Medical and sanitary report of the native army of Madras for the year
Year: 1878
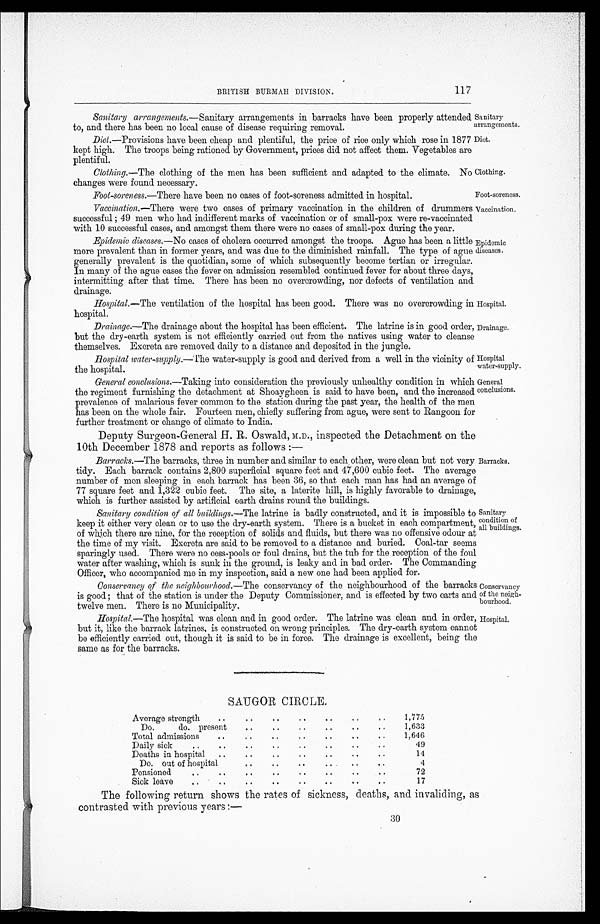
Sanitary
arrangements.
Diet.
No Clothing.
Foot-soreness.
Hospital.
Drainage.
Hospital
water-supply.
General
conclusions.
Conservancy
of the neigh-
bourhood.
Hospital.
117
BRITISH BURMAH DIVISION.
Sanitary arrangements.— Sanitary arrangements in barracks have been properly attended
to, and there has been no local cause of disease requiring removal.
Diet.—Provisions have been cheap and plentiful, the price of rice only which rose in 1877
kept high. The troops being rationed by Government, prices did not affect them. Vegetables are
plentiful.
Clothing.— The clothing of the men has been sufficient and adapted to the climate.
changes were found necessary.
Fool-soreness.—There have been no cases of foot-soreness admitted in hospital.
Vaccination.—There were two cases of primary vaccination in the children of drummers
successful ; 49 men who had indifferent marks of vaccination or of small-pox were re-vaccinated
with 10 successful cases, and amongst them there were no cases of small-pox during the year.
Epidemic diseases.— No cases of cholera occurred amongst the troops. Ague has been a little
more prevalent than in former years, and was due to the diminished rainfall. The typo of ague
generally prevalent is the quotidian, some of which subsequently become tertian or irregular.
In many of the ague cases the fever on admission resembled continued fever for about three days,
intermitting after that time. There has been no overcrowding, nor defects of ventilation and
drainage.
Vaccination.
Epidemic
diseases.
Hospital.—The ventilation of the hospital has been good. There was no overcrowding in
hospital.
Drainage.—The drainage about the hospital has been efficient. The latrine is in good order,
but the dry-earth system is not efficiently carried out from the natives using water to cleanse
themselves. Excreta are removed daily to a distance and deposited in the jungle.
Hospital water-supply.—The water-supply is good and derived from a well in the vicinity of
the hospital.
General conclusions.—Taking into consideration the previously unhealthy condition in which
the regiment furnishing the detachment at Shoaygheen is said to have been, and the increased
prevalence of malarious fever common to the station during the past year, the health of the men
has been on the whole fair. Fourteen men, chiefly suffering from ague, were sent to Rangoon for
further treatment or change of climate to India.
Deputy Surgeon-General H. R. Oswald, M.D., inspected the Detachment on the
10th December 1878 and reports as follows :—
Barracks.—The barracks, three in number and similar to each other, were clean but not very
tidy. Each barrack contains 2,800 superficial square feet and 47,600 cubic feet. The average
number of men sleeping in each barrack has been 36, so that each man has had an average of
77 square feet and 1,322 cubic feet. The site, a laterite hill, is highly favorable to drainage,
which is further assisted by artificial earth drains round the buildings.
Sanitary condition of all buildings.— The latrine is badly constructed, and it is impossible to
keep it either very clean or to use the dry-earth system. There is a bucket in each compartment,
of which there are nine, for the reception of solids and fluids, but there was no offensive odour at
the time of my visit. Excreta, are said to be removed to a distance and buried. Coal-tar seems
sparingly used. There were no cess-pools or foul drains, but the tub for the reception of the foul
water after washing, which is sunk in the ground, is leaky and in bad order. The Commanding
Officer, who accompanied me in my inspection, said a new one had been applied for.
Conservancy of the neighbourhood.—The conservancy of the neighbourhood of the barrack.
is good ; that of the station is under the Deputy Commissioner, and is effected by two carts and
twelve men. There is no Municipality.
Hospital.—The hospital was clean and in good order. The latrine was clean and in order,
but it, like the barrack latrines, is constructed on wrong principles. The dry-earth system cannot
be efficiently carried out, though it is said to be in force. The drainage is excellent, being the
same as for the barracks.
Barracks.
Sanitary
condition of
all buildings.
SAUGOR CIRCLE.
Average strength
.. .. .. .. .. ..
1 , 7 7 5
Do. do. present
.. .. .. .. .. ..
1,633
Total admissions
..
.. .. .. .. .. ..
1,646
D a i l y s i c k .
.. .. .. .. .. ..
49
Deaths in hospital
.. .. ..
..
..
.. ..
14
Do.out of hospital
.. .. .. .. .. ..
4
Pensioned
.. .. .. .. .. ..
..
72
Sick leave
.. .. .. .. .. .. ..
17
The following return shows the rates of sickness, deaths, and. invaliding, as
contrasted with previous years:—
30